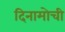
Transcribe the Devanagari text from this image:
दिनामोची